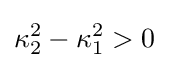
\kappa _{2}^{2}-\kappa _{1}^{2}>0